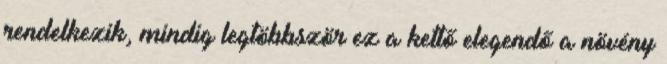
rendelkezik, mindig legtöbbször ez a kettő elegendő a növény